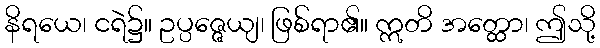
နိရယေ၊ ငရဲ၌။ ဥပ္ပဇ္ဇေယျ၊ ဖြစ်ရာ၏။ ဣတိ အတ္ထော၊ ဤသို့